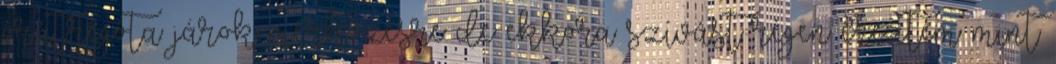
órát.régóta járok mérkőzésre de ekkora szívást régen éreztem mint